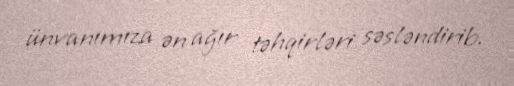
ünvanımıza ən ağır təhqirləri səsləndirib.